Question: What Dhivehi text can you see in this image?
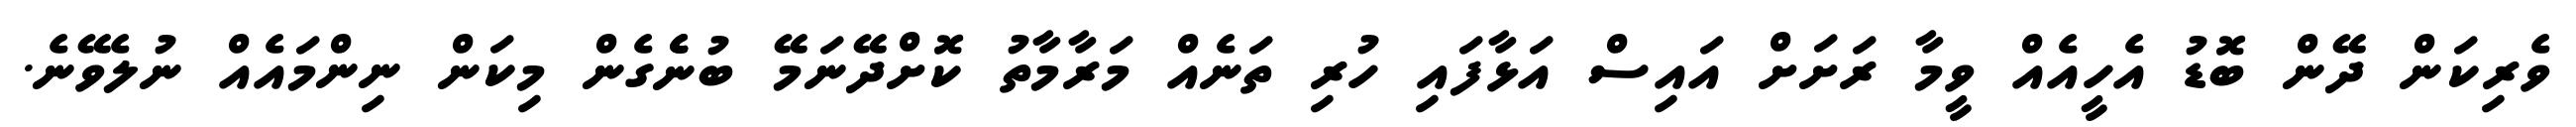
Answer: ވެރިކަން ދޭން ބޮޑު އެހީއެއް ވީމާ ރަށަށް އައިސް އަޅާފައި ހުރި ތަނެއް މަރާމާތު ކޮށްދޭނަމޭ ބުނެެގެން މިކަން ނިންމައެއް ނުލެވޭނެ.